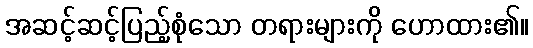
အဆင့်ဆင့်ပြည့်စုံသော တရားများကို ဟောထား၏။